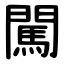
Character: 闖